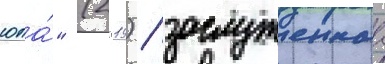
юла́" (2019) / заслуженнаа